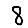
Digit: 8